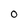
Character: O